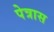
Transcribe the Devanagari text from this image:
पेत्रास